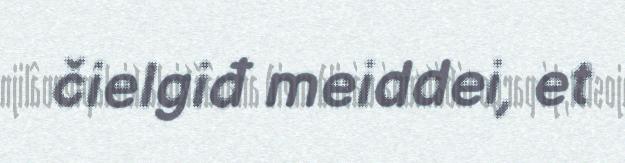
čielgiđ meiddei, et